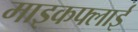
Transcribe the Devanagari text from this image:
माइकफ्लाई